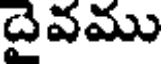
దైవము